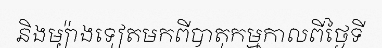
និងម្យ៉ាងទៀតមកពីបាតុកម្មកាលពីថ្ងៃទី